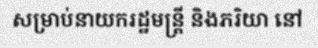
សម្រាប់នាយករដ្ឋមន្ត្រី និងភរិយា នៅ